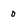
Character: o